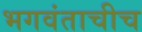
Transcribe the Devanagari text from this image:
भगवंताचीच